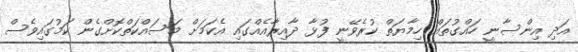
އަދި އިންސާނީ ހައްގުތައް ހިމާޔަތް ކުރެވޭނީ ފުޅާ ދާއިރާއެއްގައި އެކަމަށް މަސައްކަތްކޮށްގެން ކަމުގައިވެސް